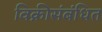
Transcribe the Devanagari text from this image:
विक्रीसंबंधित